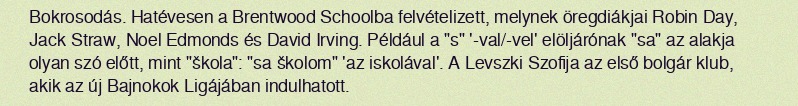
Bokrosodás. Hatévesen a Brentwood Schoolba felvételizett, melynek öregdiákjai Robin Day, Jack Straw, Noel Edmonds és David Irving. Például a "s" '-val/-vel' elöljárónak "sa" az alakja olyan szó előtt, mint "škola": "sa školom" 'az iskolával'. A Levszki Szofija az első bolgár klub, akik az új Bajnokok Ligájában indulhatott.